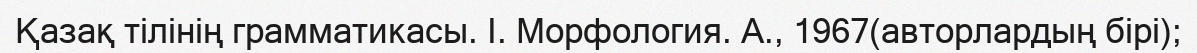
Қазақ тілінің грамматикасы. I. Морфология. А., 1967(авторлардың бірі);